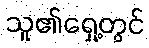
သူ၏ရှေ့တွင်